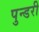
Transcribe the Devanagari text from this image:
पुन्डरी